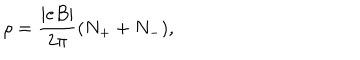
\rho = \frac { | e B | } { 2 \pi } ( N _ { + } + N _ { - } ) ,